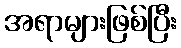
အရာများဖြစ်ပြီး